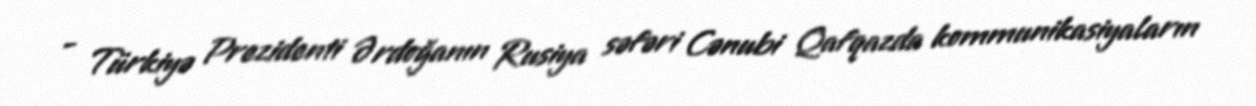
- Türkiyə Prezidenti Ərdoğanın Rusiya səfəri Cənubi Qafqazda kommunikasiyaların